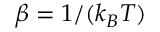
\beta = 1 / ( k _ { B } T )